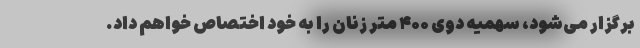
برگزار می‌شود، سهمیه دوی ۴۰۰ متر زنان را به خود اختصاص خواهم داد.